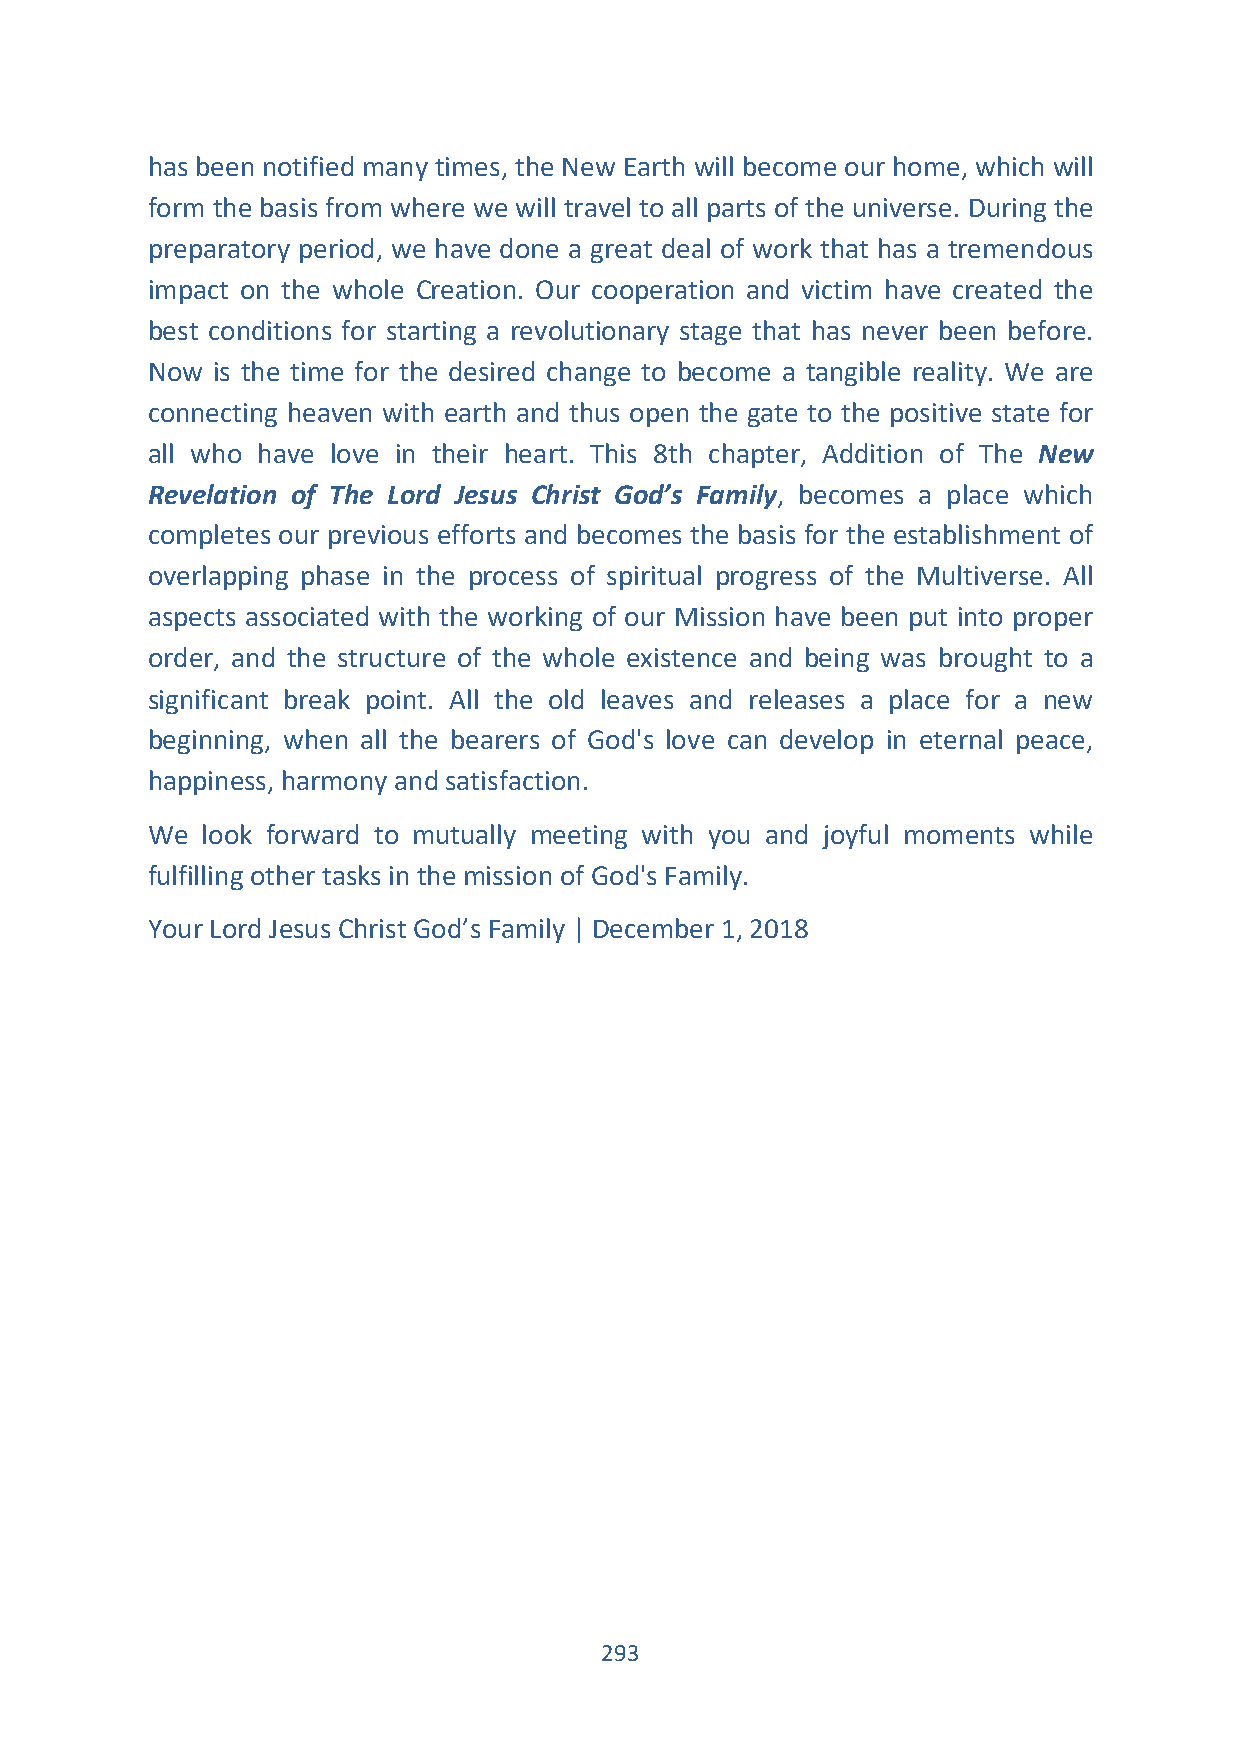
has been notified many times, the New Earth will become our home, which will
 form the basis from where we will travel to all parts of the universe. During the
 preparatory period, we have done a great deal of work that has a tremendous
 impact on the whole Creation. Our cooperation and victim have created the
 best conditions for starting a revolutionary stage that has never been before.
 Now is the time for the desired change to become a tangible reality. We are
 connecting heaven with earth and thus open the gate to the positive state for
 all who have love in their heart. This 8th chapter, Addition of The New
 Revelation of The Lord Jesus Christ God’s Family, becomes a place which
 completes our previous efforts and becomes the basis for the establishment of
 overlapping phase in the process of spiritual progress of the Multiverse. All
 aspects associated with the working of our Mission have been put into proper
 order, and the structure of the whole existence and being was brought to a
 significant break point. All the old leaves and releases a place for a new
 beginning, when all the bearers of God's love can develop in eternal peace,
 happiness, harmony and satisfaction.
 We look forward to mutually meeting with you and joyful moments while
 fulfilling other tasks in the mission of God's Family.
 Your Lord Jesus Christ God’s Family | December 1, 2018
 293